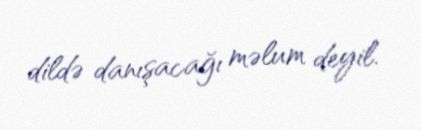
dildə danışacağı məlum deyil.